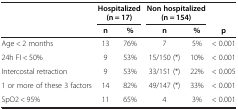
<table><thead><tr><td><b> </b></td><td colspan="2"><b>Hospitalized (n = 17)</b></td><td colspan="2"><b>Non hospitalized (n = 154)</b></td><td><b> </b></td></tr><tr><td><b> </b></td><td><b>n</b></td><td><b>%</b></td><td><b>n</b></td><td><b>%</b></td><td><b>p</b></td></tr></thead><tbody><tr><td>Age &lt; 2 months</td><td>13</td><td>76%</td><td>7</td><td>5%</td><td>&lt; 0.001</td></tr><tr><td>24h FI &lt; 50%</td><td>9</td><td>53%</td><td>15/150 (*)</td><td>10%</td><td>&lt; 0.001</td></tr><tr><td>Intercostal retraction</td><td>9</td><td>53%</td><td>33/151 (*)</td><td>22%</td><td>&lt; 0.005</td></tr><tr><td>1 or more of these 3 factors</td><td>14</td><td>82%</td><td>49/147 (*)</td><td>33%</td><td>&lt; 0.001</td></tr><tr><td>SpO2 &lt; 95%</td><td>11</td><td>65%</td><td>4</td><td>3%</td><td>&lt; 0.001</td></tr></tbody></table>